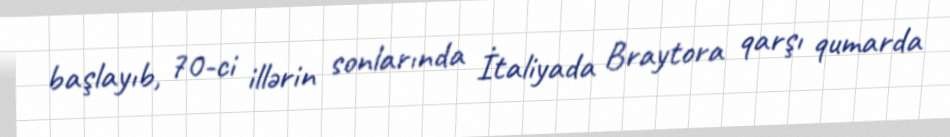
başlayıb, 70-ci illərin sonlarında İtaliyada Braytora qarşı qumarda